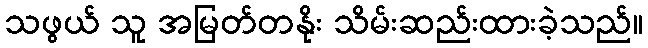
သဖွယ် သူ အမြတ်တနိုး သိမ်းဆည်းထားခဲ့သည်။